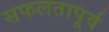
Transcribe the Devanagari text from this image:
सफलतापूर्व